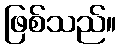
ဖြစ်သည်။